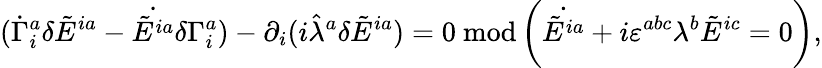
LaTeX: (\dot{\Gamma}_{i}^{a}\delta\tilde{E}^{ia}-\dot{\tilde{E}^{ia}}\delta\Gamma_{i}^{a})-\partial_{i}(i\hat{\lambda}^{a}\delta\tilde{E}^{ia})=0\ \mathrm{mod}\left(\dot{\tilde{E}^{ia}}+i\varepsilon^{abc}\lambda^{b}\tilde{E}^{ic}=0\right),